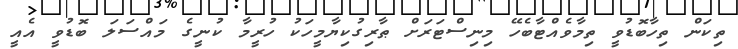
ތިކަން ތިހާބޮޑުވީ ތިމާވެއްޓާބެހޭ މިނިސްޓަރަށް ޠާރިގުކިޔާމީހަކު ހުރީމާ ކުނީގެ މައްސަލަ ބޮޑުވީ އެއީ